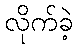
လိုက်ခဲ့